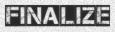
FINALIZE